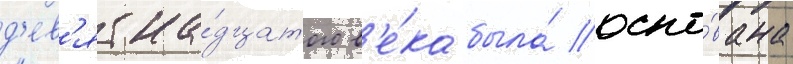
д'ев'ятна́дцатого в'е́ка была́ осно́вана